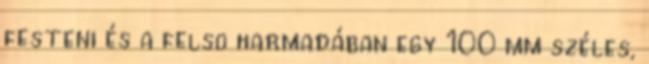
festeni és a felsõ harmadában egy 100 mm széles,